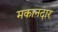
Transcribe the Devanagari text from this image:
मकानदार